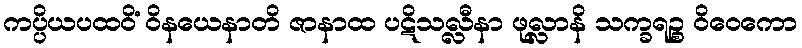
ကပ္ပိယပထဝိံ ဝိနယေနာတိ ဇာနာထ ပဋိသလ္လီနာ ဖုလ္လာနိ သက္ခရဉ္စ ဝိဝေကော